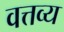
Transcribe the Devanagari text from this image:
वत्तव्य